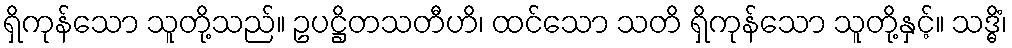
ရှိကုန်သော သူတို့သည်။ ဥပဋ္ဌိတသတီဟိ၊ ထင်သော သတိ ရှိကုန်သော သူတို့နှင့်။ သဒ္ဓိံ၊